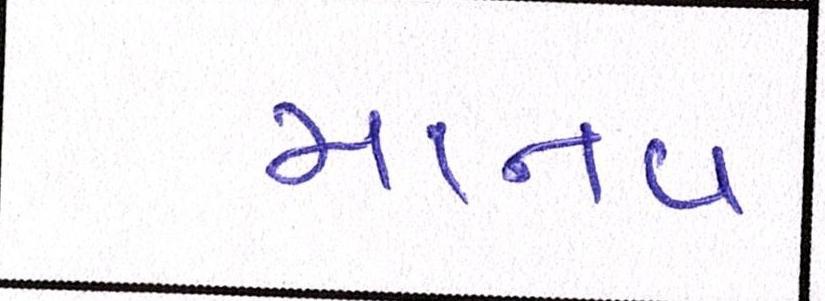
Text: માનવ